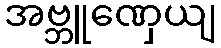
အဗ္ဘူဏှေယျ